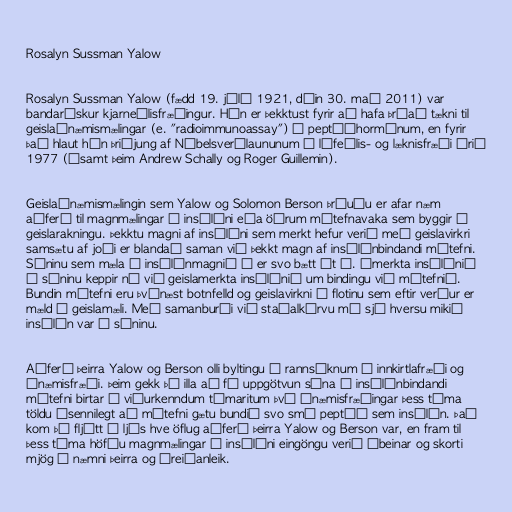
Rosalyn Sussman Yalow

Rosalyn Sussman Yalow (fædd 19. júlí 1921, dáin 30. maí 2011) var
bandarískur kjarneðlisfræðingur. Hún er þekktust fyrir að hafa þróað tækni til
geislaónæmismælingar (e. "radioimmunoassay") á peptíðhormónum, en fyrir
það hlaut hún þriðjung af Nóbelsverðlaununum í lífeðlis- og læknisfræði árið
1977 (ásamt þeim Andrew Schally og Roger Guillemin).

Geislaónæmismælingin sem Yalow og Solomon Berson þróuðu er afar næm
aðferð til magnmælingar á insúlíni eða öðrum mótefnavaka sem byggir á
geislarakningu. Þekktu magni af insúlíni sem merkt hefur verið með geislavirkri
samsætu af joði er blandað saman við þekkt magn af insúlínbindandi mótefni.
Sýninu sem mæla á insúlínmagnið í er svo bætt út í. Ómerkta insúlínið
í sýninu keppir nú við geislamerkta insúlínið um bindingu við mótefnið.
Bundin mótefni eru þvínæst botnfelld og geislavirkni í flotinu sem eftir verður er
mæld í geislamæli. Með samanburði við staðalkúrvu má sjá hversu mikið
insúlín var í sýninu.

Aðferð þeirra Yalow og Berson olli byltingu í rannsóknum í innkirtlafræði og
ónæmisfræði. Þeim gekk þó illa að fá uppgötvun sína á insúlínbindandi
mótefni birtar í viðurkenndum tímaritum því ónæmisfræðingar þess tíma
töldu ósennilegt að mótefni gætu bundið svo smá peptíð sem insúlín. Það
kom þó fljótt í ljós hve öflug aðferð þeirra Yalow og Berson var, en fram til
þess tíma höfðu magnmælingar á insúlíni eingöngu verið óbeinar og skorti
mjög á næmni þeirra og áreiðanleik.